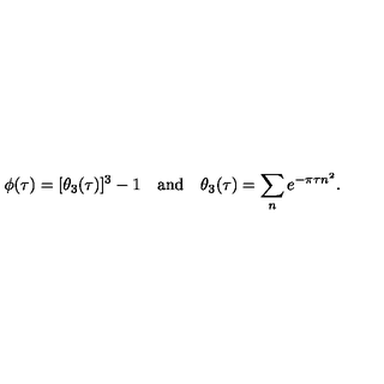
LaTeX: \phi ( \tau ) = [ \theta _ { 3 } ( \tau ) ] ^ { 3 } - 1 \quad \mathrm { a n d } \quad \theta _ { 3 } ( \tau ) = \sum _ { n } e ^ { - \pi \tau n ^ { 2 } } .